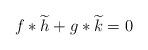
LaTeX: \begin{align*}f*\widetilde{h}+g*\widetilde{k}=0\end{align*}